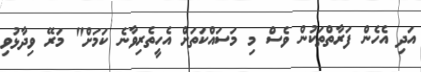
އަދި އެހެން ފަރާތްތަކުން ވެސް މި މަސައްކަތަށް އެހީތެރިވާނެ ކަމަށް" މަރޭ ވިދާޅުވި